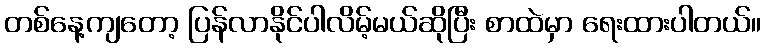
တစ်နေ့ကျတော့ ပြန်လာနိုင်ပါလိမ့်မယ်ဆိုပြီး စာထဲမှာ ရေးထားပါတယ်။